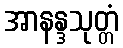
အာနန္ဒသုတ္တံ